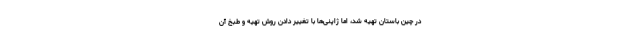
در چین باستان تهیه شد، اما ژاپنی‌ها با تغییر دادن روش تهیه و طبخ آن